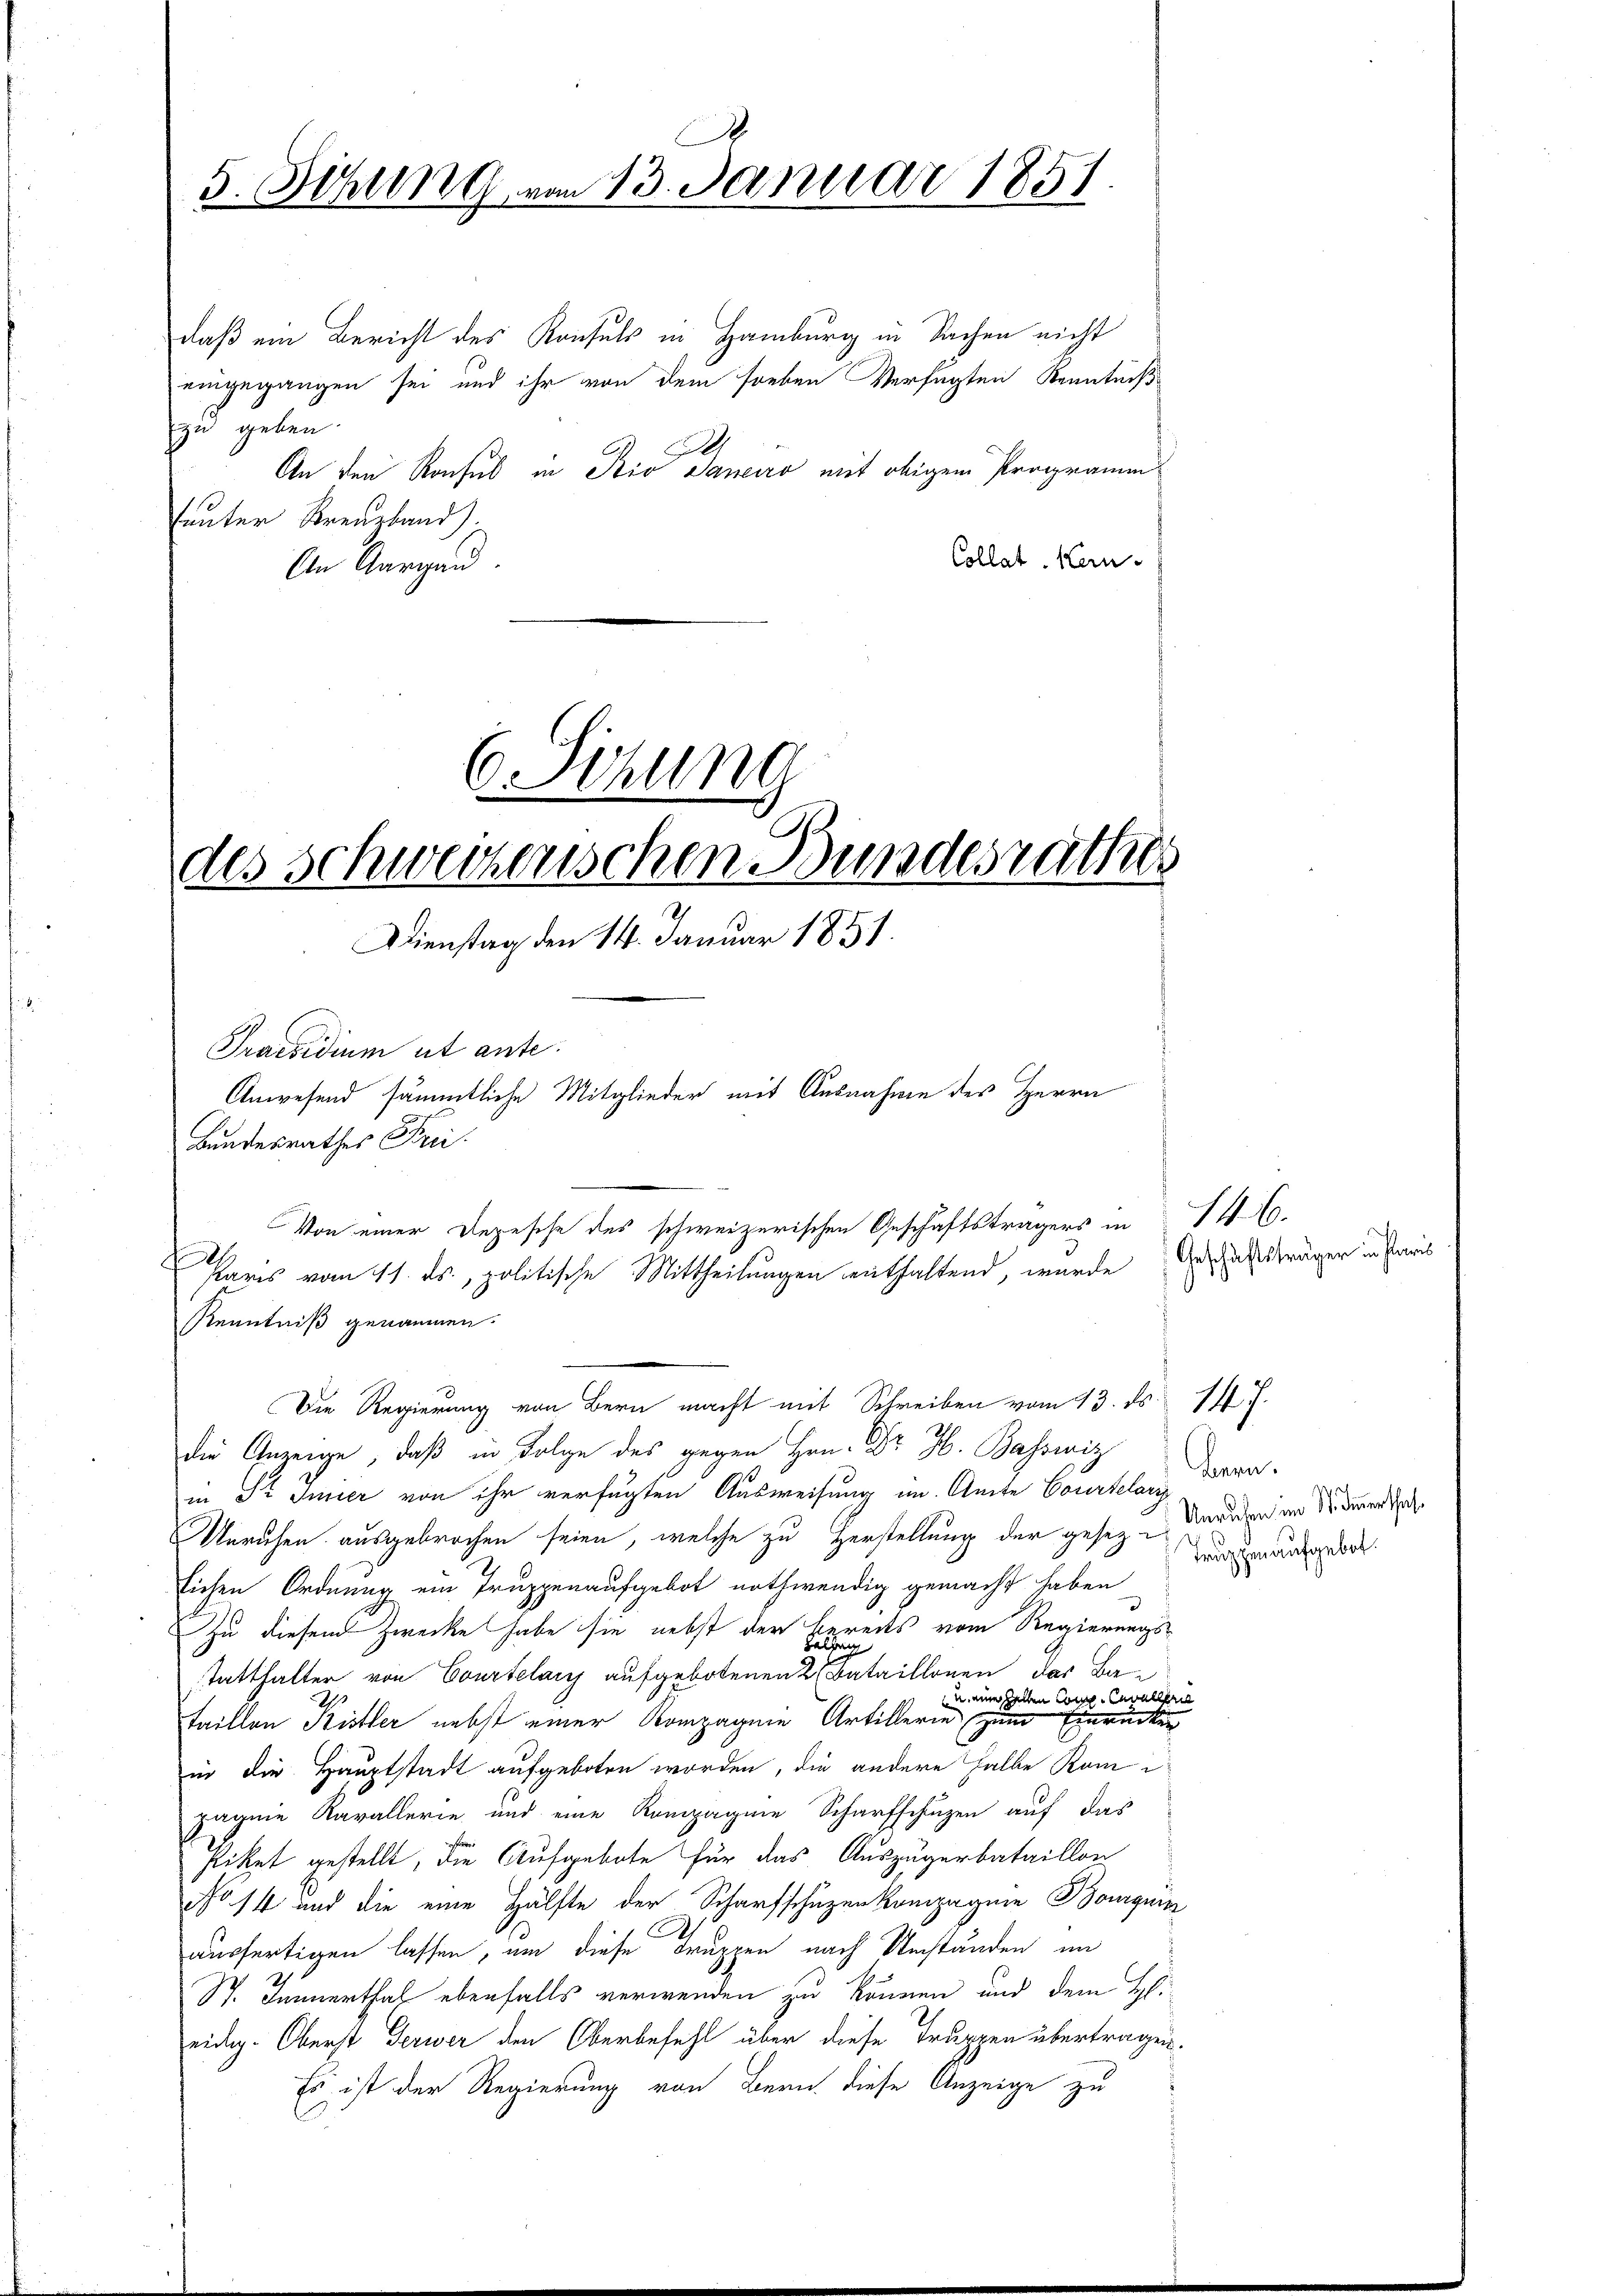
.
5. Schling vom 13. Januar 1851.

daß ein Bericht des Konsuls in Hamburg in Sachen nicht
eingegangen sei und ihr von dem soeben Verfügten Kenntniß
zu geben.
I
An den Ronsul in Rio Janeiro mit obigem Programm
teunter Kreuzland).
Collat Kern-
An Aargau.

des Schweizerischen Bundesrathe
Dienstag den 14. Januar 1851.

f

Kenntniß genommen.

6. Sitzung

Praesidium ut ante.
Anwesend sämmtliche Mitglieder mit Ausnahme des Herrn

Von einer Depesche des schweizerischen Geschäftsträgers in 146.
Paris vom 11. ds., politische Mittheilungen enthaltend, wurde der das träger in Paris

Die Regierung von Bern macht mit Schreiben vom 13. ds. 14 f.

Bundesrathes Frei
die Anzeige, daß in Folge des gegen Hrn. Dr. H. Basswiz
in Dr. Inner von ihr verfügten Ausweisung im Amte Corirtelari
Unruhen ausgebrochen seien, welche zu Herstellung der gesezlichen Ordnung ein Truppenaufgebot nothwendig gemacht haben
Zu diesem Zwecke habe sie nebst der Bereits vom Regierungs¬
Belang
tatthalter von Courtelary aufgebotenen 2 Bataillonen, das Ba¬
u. einer halten Com. Cavallerie
taillen Kistler nebst einer Kompagnie Artillerie zum Einrücken
in die Hauptstadt aufgeboten worden, die andere halbe Kompagene Kavallerie und eine Rompagnie Scharfschuzen auf das
stiket gestellt, die Aufgebote für das Auszugerbataillon
No 14 und die eine Hälfte der Scharfschüzenkompagnie Boguin
ausfertigen lassen, um diese Truppen nach Umständen im
St. Immerthal ebenfalls verwenden zu können und dem H.
eidig. Oberst Jerwer den Oberbefehl über diese Truppen übertragen.
Es ist der Regierung von Bern diese Anzeige zu

Bern.
Unruhen im Sommerthal
Truppen aufgebot.